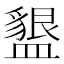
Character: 𭾒